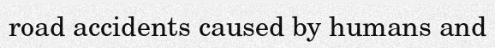
road accidents caused by humans and